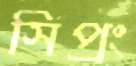
সিপ্রং